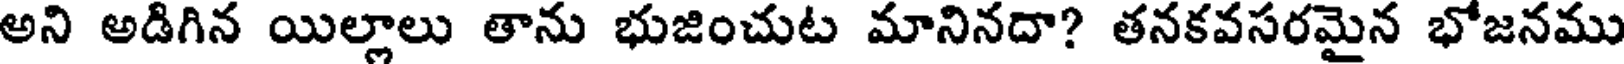
అని అడిగిన యిల్లాలు తాను భుజించుట మానినదా? తనకవసరమైన భోజనము